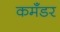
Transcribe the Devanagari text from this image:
कमॅंडर